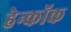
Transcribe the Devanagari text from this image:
हेन्कॉक